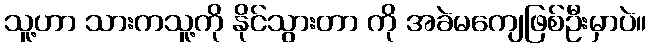
သူ့ဟာ သားကသူ့ကို နိုင်သွားတာ ကို အခဲမကျေဖြစ်ဦးမှာပဲ။